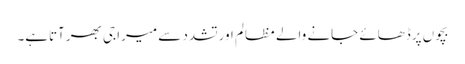
بچوں پرڈھائے جانے والے مظالم اورتشدد سے میرا جی بھرآتاہے۔